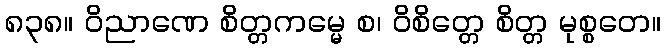
၈၃၈။ ဝိညာဏေ စိတ္တကမ္မေ စ၊ ဝိစိတ္တေ စိတ္တ မုစ္စတေ။